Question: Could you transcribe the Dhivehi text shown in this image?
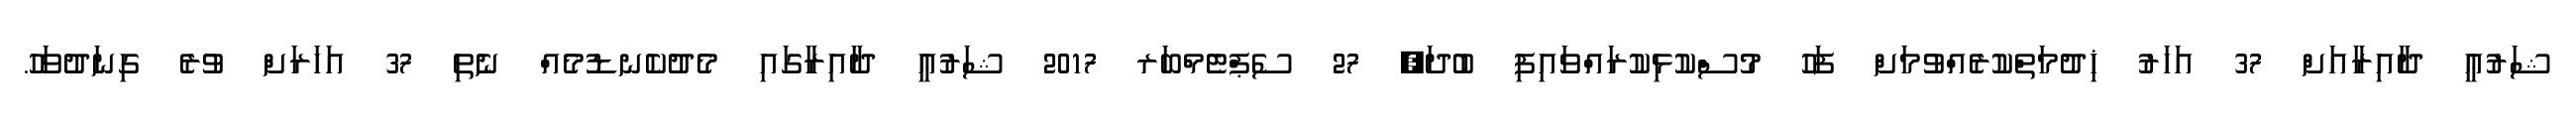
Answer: ޝަރުޢީ ދާއިރާއަށް 37 އަހަރު ޚިދުމަތްކުރެއްވުމަށް ފަހު މުސްކުޅިކުރައްވައިފި ބުދަ, 27 ސެޕްޓެމްބަރ 2017 ޝަރުޢީ ދާއިރާގައި މެދުކެނޑުމެއް ނެތި 37 އަހަރަށް ވުރެ ގިނަދުވަހު.